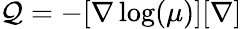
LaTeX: {\mathcal Q}=-[{\mathbf\nabla}\log(\mu)][{\mathbf\nabla}]